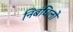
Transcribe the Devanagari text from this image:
निबंधिलो